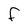
Character: F